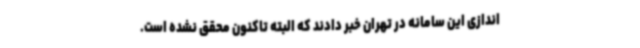
‌اندازی این سامانه در تهران خبر دادند که البته تاکنون محقق نشده است.